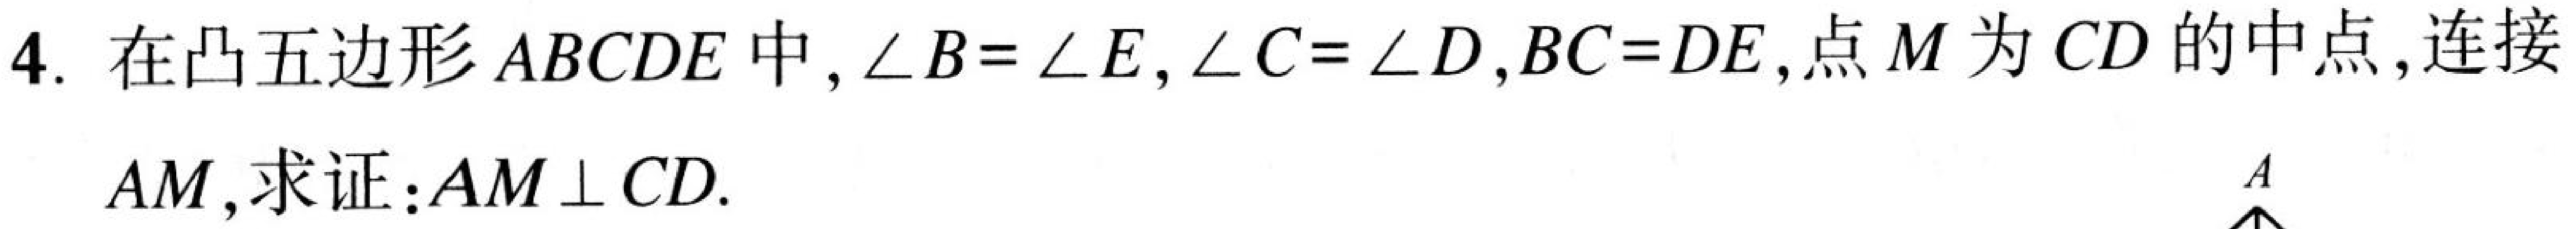
4. 在凸五边形\(ABCDE\)中，\(\angle B = \angle E\)，\(\angle C = \angle D\)，\(BC = DE\)，点\(M\)为\(CD\)的中点，连接\(AM\)，求证：\(AM\perp CD\).